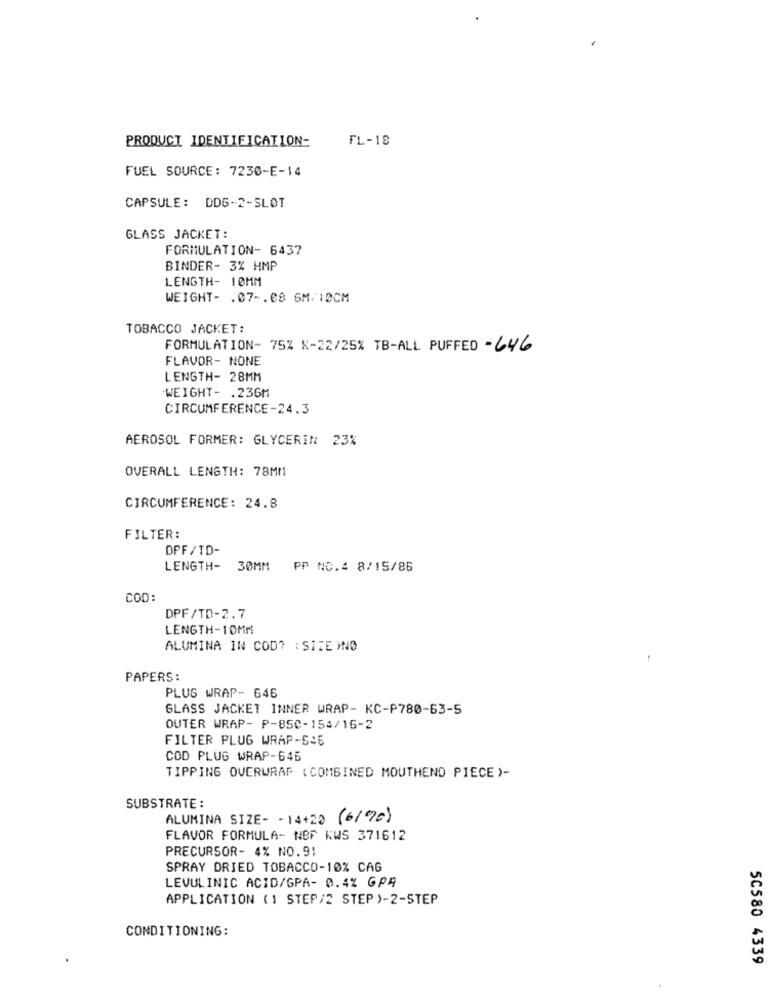
PRODUCT IDENTIFICATION-
FL-18
FUEL SOURCE: 7230-E-14
CAPSULE: DDG-2-SLOT
GLASS JACKET:
FORMULATION- 6437
BINDER- 3% HMP
LENGTH- 10MM
WEIGHT- . 07 -. 08 6M/ 10CM
TOBACCO JACKET:
FORMULATION- 75% K-22/25% TB-ALL PUFFED - 646
FLAVOR- NONE
LENGTH- 28MM
WEIGHT- . 236M
CIRCUMFERENCE-24.3
AEROSOL FORMER: GLYCERIN 23%
OVERALL LENGTH: 78MM
CIRCUMFERENCE: 24.8
FILTER:
DPF/TD-
LENGTH- 30MM PP NO.4 8/15/86
COD:
DPF/TD-2.7
LENGTH-10MMl
ALUMINA IN COD? : SITE )NO
PAPERS:
PLUG WRAP- 646
GLASS JACKET INNER WRAP- KC-P780-63-5
OUTER WRAP- P-850-154/16-2
FILTER PLUG WRAP-SSE
COD PLUG WRAP-645
TIPPING OVERWRAP (COMBINED MOUTHEND PIECE )-
SUBSTRATE :
ALUMINA SIZE- - 14+20 (6/96)
FLAVOR FORMULA- NBP KWS 371612
PRECURSOR- 4% NO.91
SPRAY DRIED TOBACCO-10% CAG
LEVULINIC ACID/GPA- 0.4% GPA
APPLICATION (1 STEP/2 STEP )-2-STEP
CONDITIONING:
50580 4339